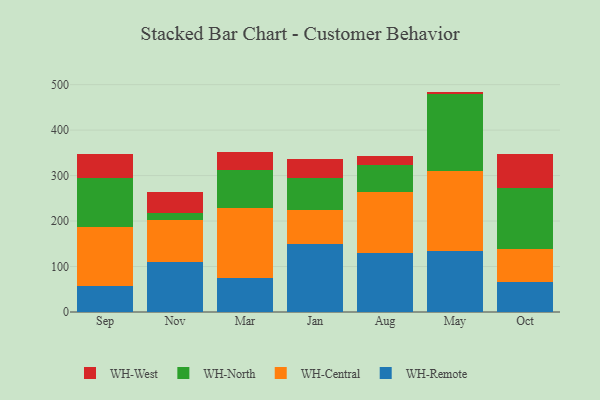
{"axis": {"x": "Month", "y": "Shipments"}, "legend": ["WH-Central", "WH-North", "WH-Remote", "WH-West"], "data": [{"x": "Sep", "y": 57.3, "type": "WH-Remote"}, {"x": "Sep", "y": 130.4, "type": "WH-Central"}, {"x": "Sep", "y": 106.2, "type": "WH-North"}, {"x": "Sep", "y": 53.7, "type": "WH-West"}, {"x": "Nov", "y": 110.6, "type": "WH-Remote"}, {"x": "Nov", "y": 91.0, "type": "WH-Central"}, {"x": "Nov", "y": 16.7, "type": "WH-North"}, {"x": "Nov", "y": 46.4, "type": "WH-West"}, {"x": "Mar", "y": 74.4, "type": "WH-Remote"}, {"x": "Mar", "y": 154.2, "type": "WH-Central"}, {"x": "Mar", "y": 84.5, "type": "WH-North"}, {"x": "Mar", "y": 39.2, "type": "WH-West"}, {"x": "Jan", "y": 148.7, "type": "WH-Remote"}, {"x": "Jan", "y": 76.5, "type": "WH-Central"}, {"x": "Jan", "y": 69.0, "type": "WH-North"}, {"x": "Jan", "y": 41.9, "type": "WH-West"}, {"x": "Aug", "y": 129.8, "type": "WH-Remote"}, {"x": "Aug", "y": 133.7, "type": "WH-Central"}, {"x": "Aug", "y": 59.4, "type": "WH-North"}, {"x": "Aug", "y": 19.5, "type": "WH-West"}, {"x": "May", "y": 134.6, "type": "WH-Remote"}, {"x": "May", "y": 175.6, "type": "WH-Central"}, {"x": "May", "y": 168.4, "type": "WH-North"}, {"x": "May", "y": 6.1, "type": "WH-West"}, {"x": "Oct", "y": 64.9, "type": "WH-Remote"}, {"x": "Oct", "y": 72.7, "type": "WH-Central"}, {"x": "Oct", "y": 134.2, "type": "WH-North"}, {"x": "Oct", "y": 76.1, "type": "WH-West"}]}